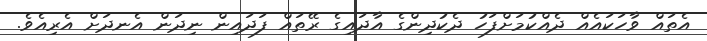
އެތައް ވާހަކައެއް ދެއްކުމަށްފަހު ދެކުދިންގެ އާދައިގެ ރޭތައް ފަދައިން ނިދަން އެނދަށް އެރިއެވެ.